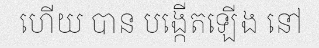
ហើយ បាន បង្កើតឡើង នៅ